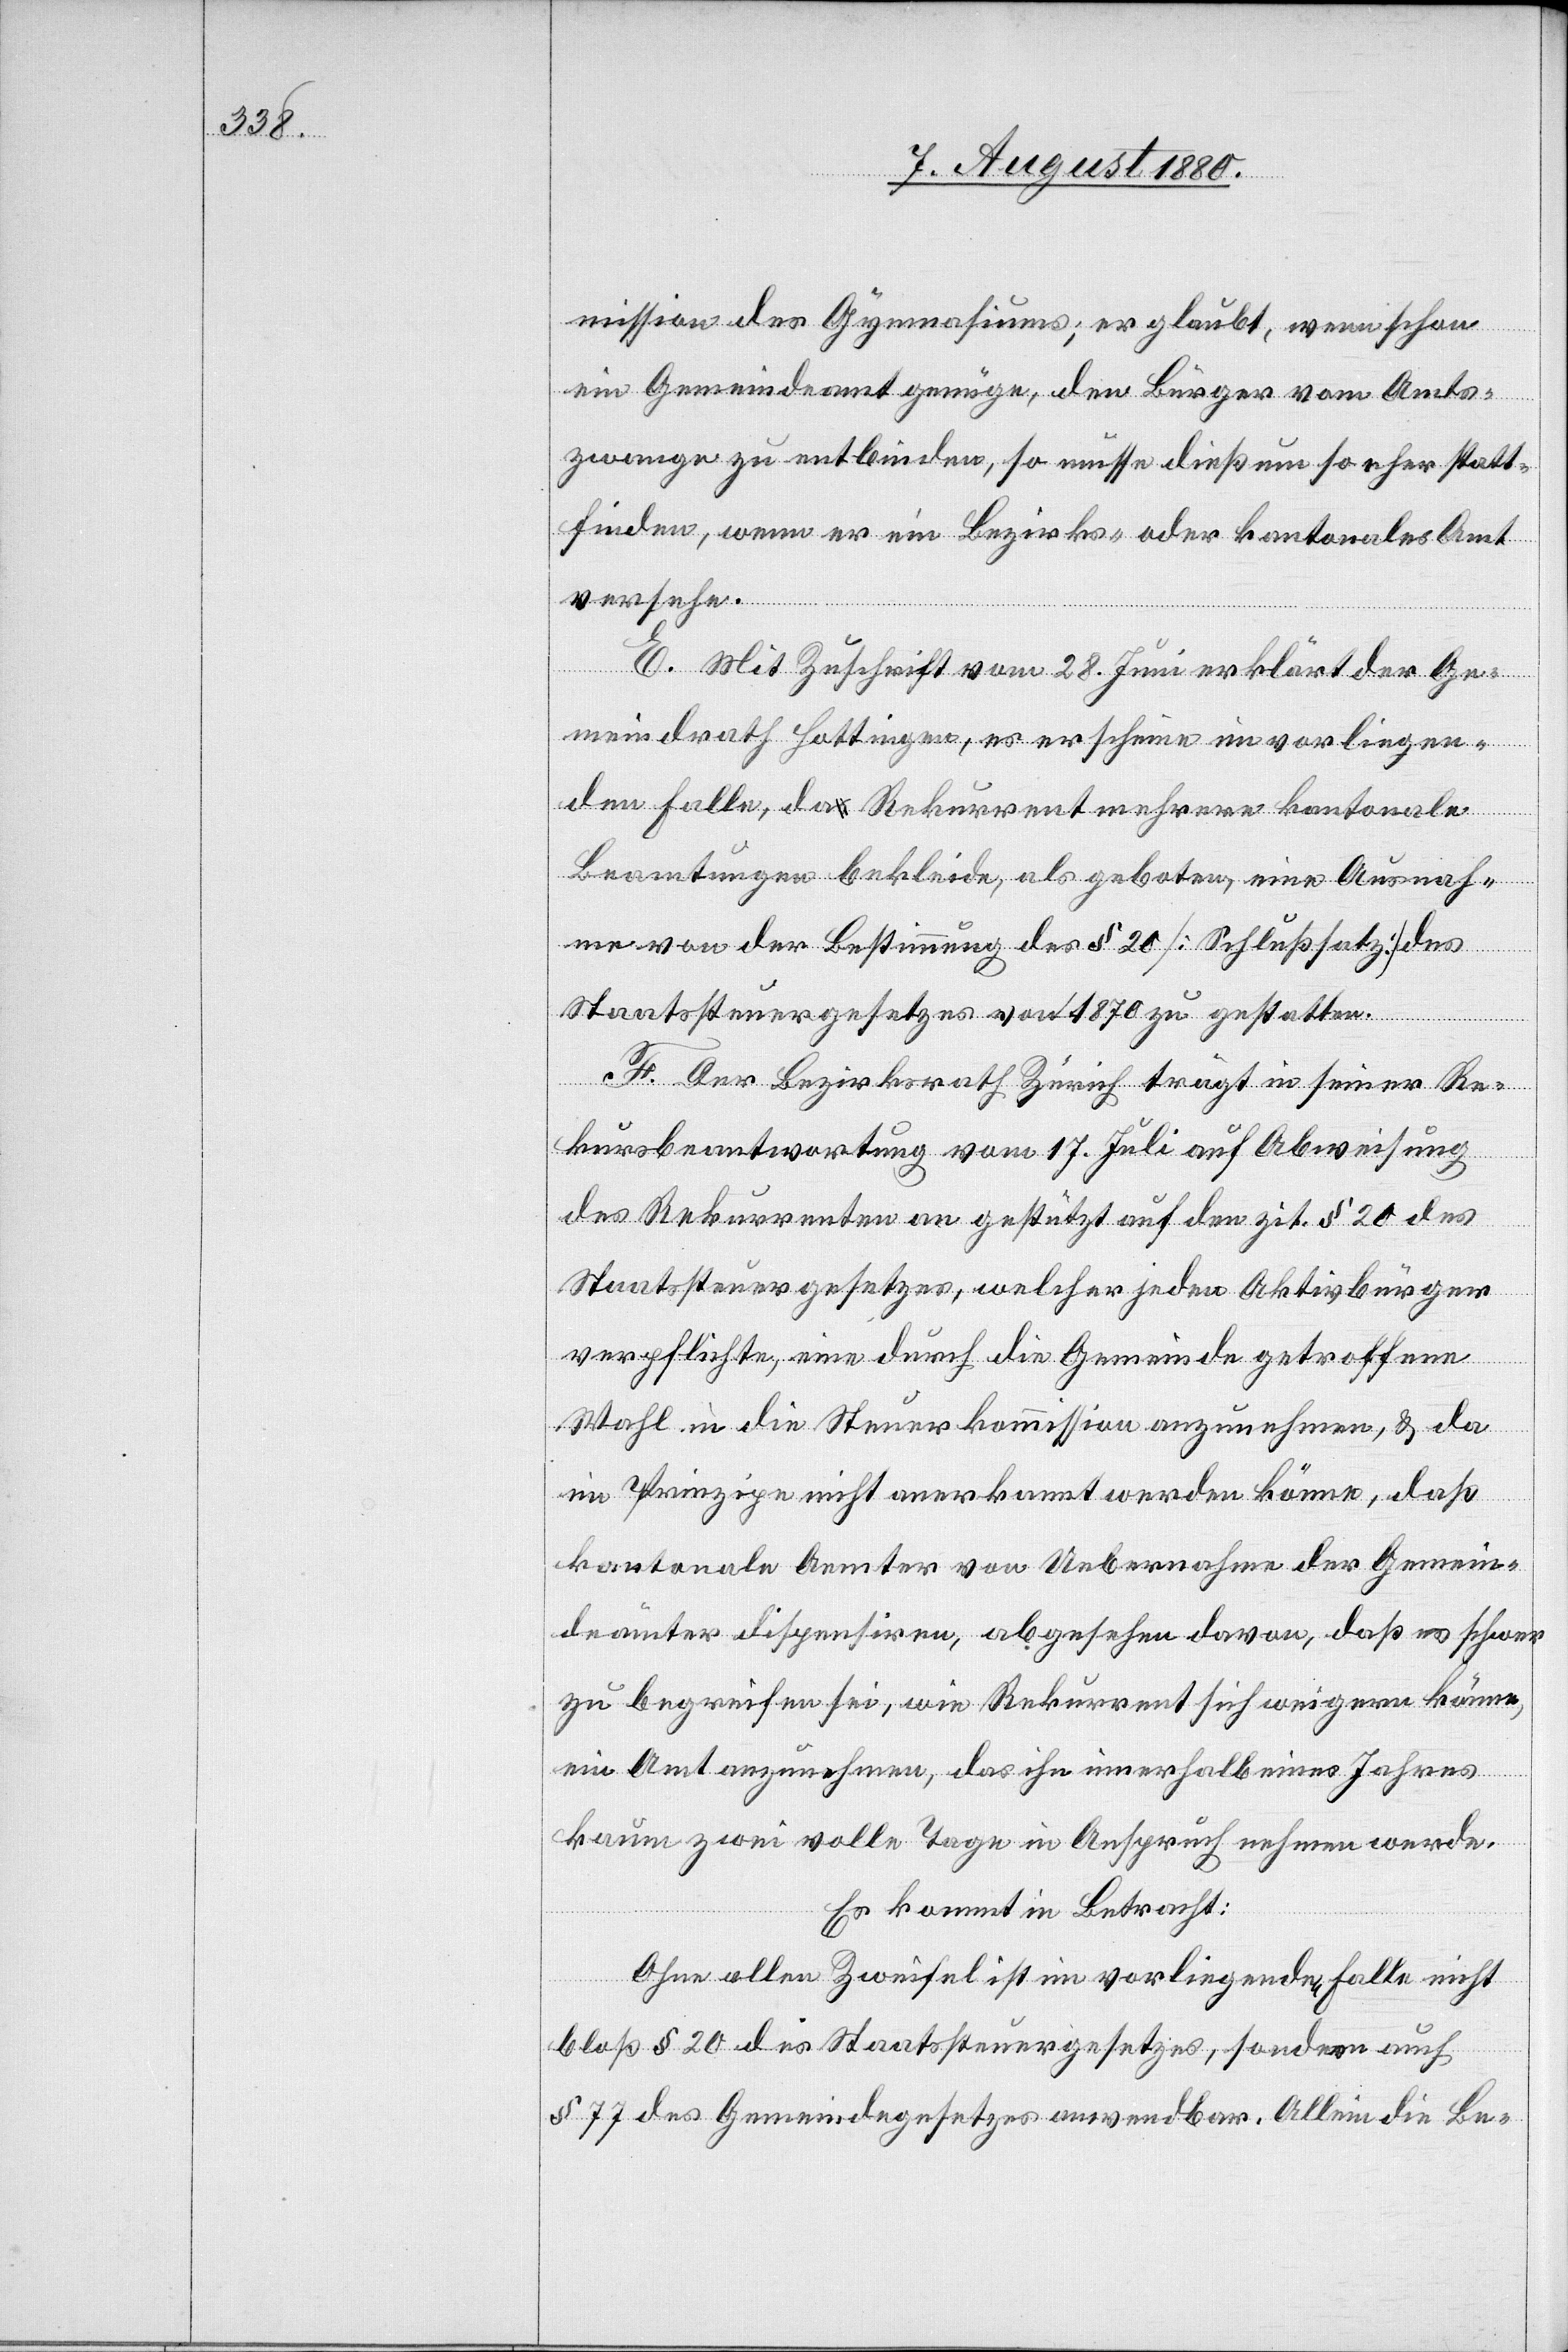
mission des Gymnasiums; er glaubt, wenn schon
ein Gemeindeamt genüge, den Bürger vom Amts¬
zwange zu entbinden, so müsse dieß um so eher statt¬
finden, wenn er ein Bezirks- oder kantonales Amt
versehe.
E. Mit Zuschrift vom 28. Juni erklärt der Ge¬
meindrath Hottingen, es erscheine im vorliegen¬
den Falle, da Rekurrent mehrere kantonale
Beamtungen bekleide, als geboten, eine Ausnah¬
me von der Bestimmung des § 20 [Schlußsatz] des
Staatssteuergesetzes von 1870 zu gestatten.
F. Der Bezirksrath Zürich trägt in seiner Re¬
kursbeantwortung vom 17. Juli auf Abweisung
des Rekurrenten an gestützt auf den zit. § 20 des
Staatssteuergesetztes, welcher jeden Aktivbürger
verpflichte, eine durch die Gemeinde getroffene
Wahl in die Steuerkommission anzunehmen, & da
im Prinzipe nicht anerkannt werden könne, daß
kantonale Aemter von Uebernahme der Gemein¬
deämter dispensiren, abgesehen davon, daß es schwer
zu begreifen sei, wie Rekurrent sich weigern könne,
ein Amt anzunehmen, das ihn innerhalb eines Jahres
kaum zwei volle Tage in Anspruch nehmen werde.
Es kommt in Betracht:
Ohne allen Zweifel ist im vorliegenden Falle nicht
bloß § 20 des Staatssteuergesetzes, sondern auch
§ 77 des Gemeindegesetzes anwendbar. Allein die Be-